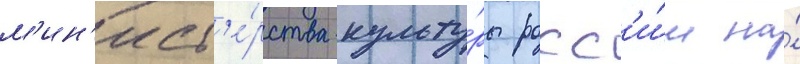
м'ин'ист'е́рства культу́ры росс'и́и на́